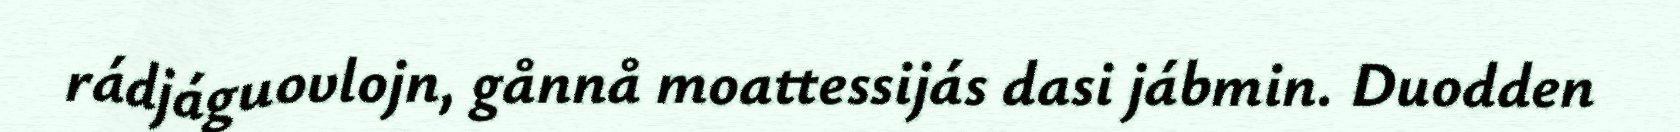
rádjáguovlojn, gånnå moattessijás dasi jábmin. Duodden